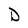
Character: D